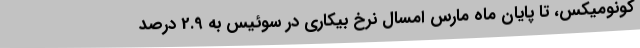
کونومیکس، تا پایان ماه مارس امسال نرخ بیکاری در سوئیس به 2.9 درصد